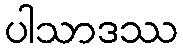
ပါသာဒဿ